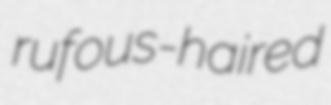
rufous-haired